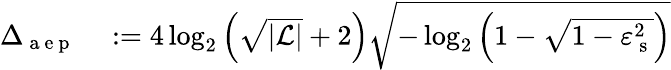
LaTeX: \begin{array}{rl}{\Delta_{\mathrm{~a~e~p~}}}&{{}:=4\log_{2}\left(\sqrt{|\mathcal{L}|}+2\right)\sqrt{-\log_{2}\left(1-\sqrt{1-\varepsilon_{\mathrm{~s~}}^{2}}\right)}}\end{array}